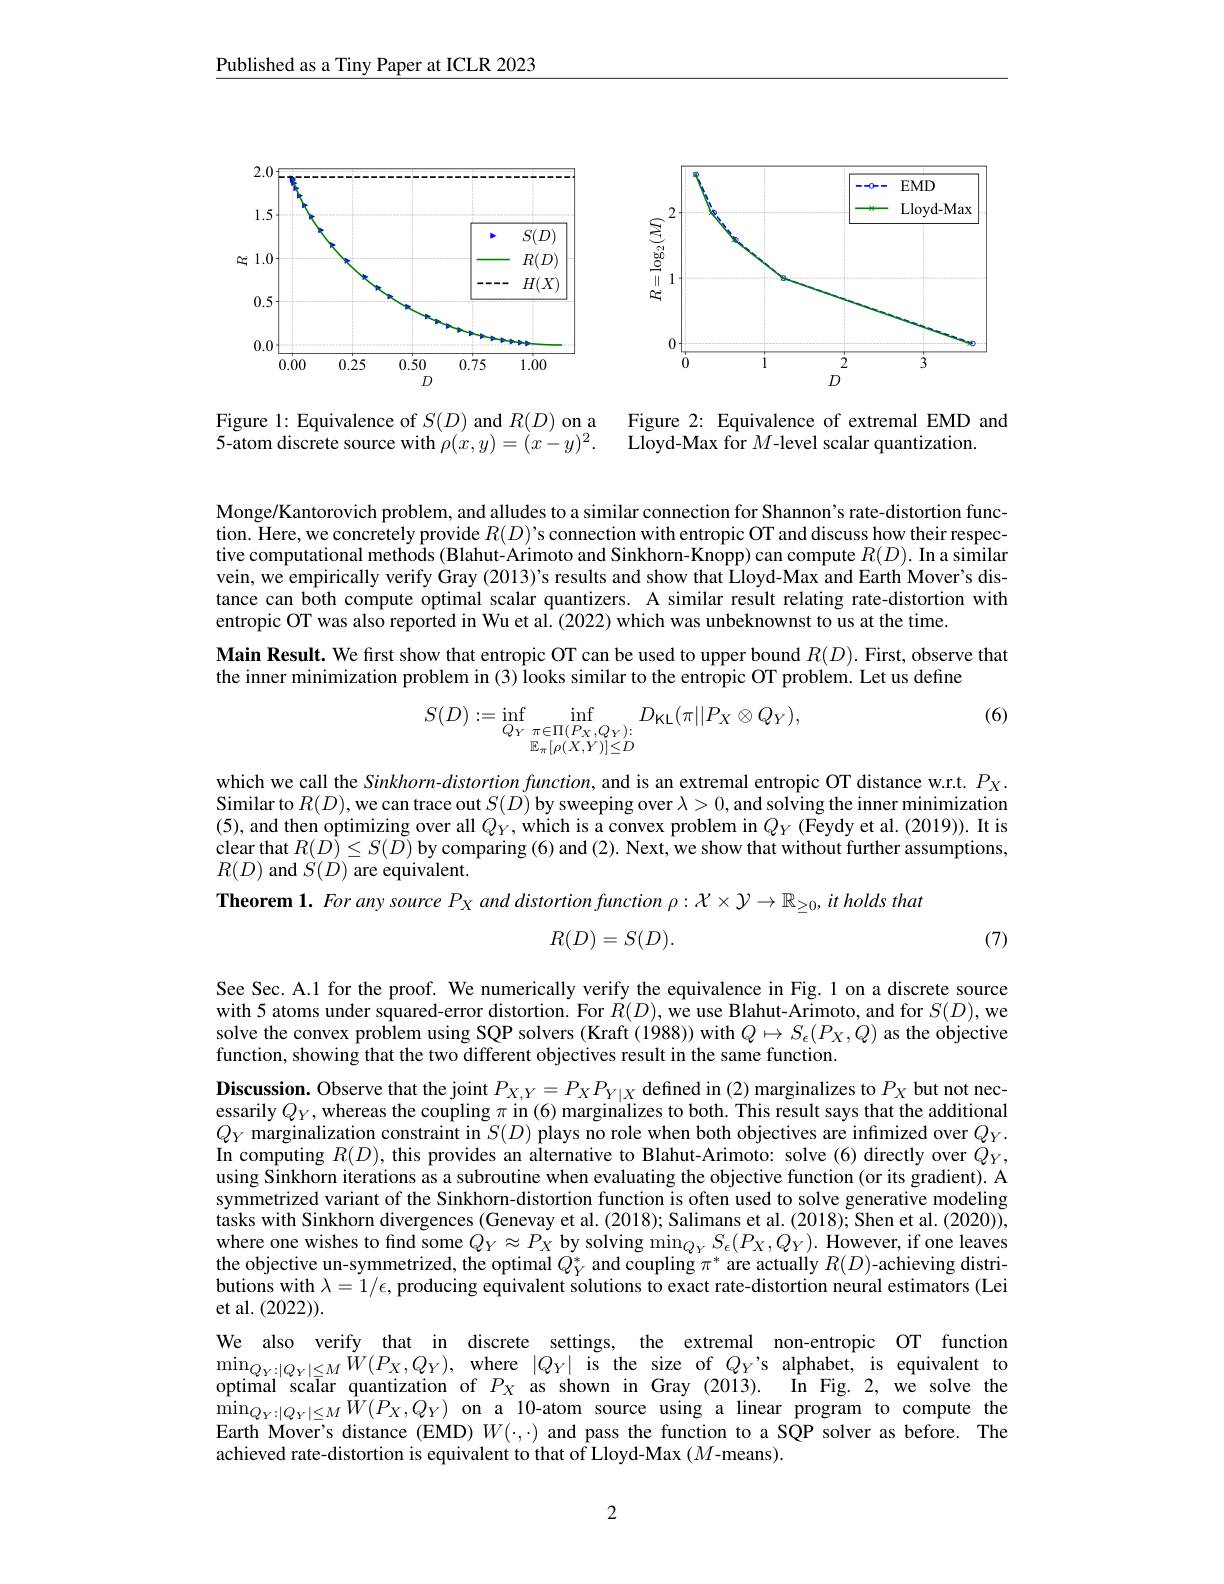
Published as a Tiny Paper at ICLR 2023

<FigureHere>

Figure 2: Equivalence of extremal EMD and
$\begin{array}{lll}\text{Figure 1: Equivalence of }S(D)\text{ and }R(D)\text{ on a}&\text{Figure 2: Equivalence of extremal EMD}\\\text{5-atom discrete source with }\rho(x,y)=(x-y)^{2}.&\text{Lloyd-Max for }M\text{-level scalar quantization.}\end{array}$

Monge/Kantorovich problem, and alludes to a similar connection for Shannon's rate-distortion function. Here, we concretely provide $R(D)’$s connection with entropic OT and discuss how their respective computational methods (Blahut-Arimoto and Sinkhorn-Knopp) can compute $R(D).$ In a similar vein, we empirically verify Gray (2013)'s results and show that Lloyd-Max and Earth Mover's distance can both compute optimal scalar quantizers. A similar result relating rate-distortion with entropic OT was also reported in Wu et al. (2022) which was unbeknownst to us at the time.
Main Result. We first show that entropic OT can be used to upper bound $R(D).$ First, observe that
the inner minimization problem in (3) looks similar to the entropic OT problem. Let us define

(6)
$$S(D):=\inf\limits_{Q_Y}\inf\limits_{\substack{\pi\in\Pi(P_X,Q_Y)\vdots}{\mathbb{E}_\pi[\rho(X,Y)]\leq D}}D_{\text{KL}}(\pi||P_X\otimes Q_Y),$$
which we call the Sinkhorn-distortion function, and is an extremal entropic OT distance w.r.t. $P_X.$ Similar to $R(D)$,we can trace out $S(D)$ by sweeping over $\lambda>0$, and solving the inner minimization (5), and then optimizing over all $Q_Y$,which is a convex problem in $Q_Y($Feydy et al.(2019)). It is clear that $R(D)\leq S(\tilde{D})$ by comparing (6) and (2). Next, we show that without further assumptions, $R(D)$ and $\dot{S}(D)$ are equivalent.
Theorem $1.\textit{ For any source P}_X$ and distortion function $\rho : \mathcal{X} \times \mathcal{Y} \to \mathbb{R} _\geq 0, it\textit{ holds that}$
$$R(D)=S(D).$$
(7)

See Sec. A.1 for the proof. We numerically verify the equivalence in Fig. 1 on a discrete source with 5 atoms under squared solve the convex problem usi function, showing that the t

Discussion. Observe that the essarily $Q_Y$, whereas the $Q_Y$ marginalization constr In computing $R(D)$, this pr using Sinkhorn iterations as symmetrized variant of the S $\dot{\text{tasks with Sinkhorn dive}}$ where one wishes to find som the objective un-symmetrized butions with $\lambda=1/\epsilon$, produc et al.(2022)).
We also verify that in discr $\operatorname* { min} _{Q_{Y}: | Q_{Y}| \leq M}W( P_{X}, Q_{Y}) $, where $| Q_{Y}|$ is the size of $Q_{Y}’$s alphabet, is equivalent to optimal scalar quantization of $P_{X}$ as shown in Gray ( 2013) . In Fig. 2, we solve the

$\operatorname* { min} _{Q_{Y}: | Q_{Y}| \leq M}\hat{W} ( P_{X}, Q_{Y})$ on a 10- atom source using a linear program to compute the $\lim _{Q_{Y}: | Q_{Y}| \leq M}\hat{W} ( P_{X}, Q_{Y})$ on a 10- atom source using a linear program to compute the Earth Mover's distance (EMD) $W(\cdot,\cdot)$ and pass the function to a SQP solver as before. The achieved rate-distortion is equivalent to that of Lloyd-Max ($M$-means).

2